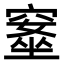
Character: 𥧚